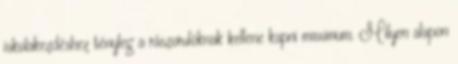
iskolakezdéshez tényleg a rászorulóknak kellene kapni maximum. Milyen alapon